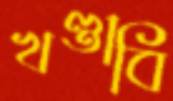
খণ্ডাবি